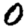
Digit: 0